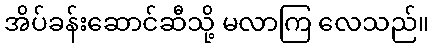
အိပ်ခန်းဆောင်ဆီသို့ မလာကြ လေသည်။